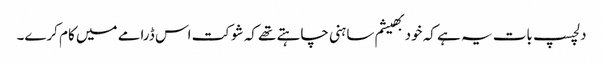
دلچسپ بات یہ ہے کہ خود بھیشم ساہنی چاہتے تھے کہ شوکت اس ڈرامے میں کام کرے۔